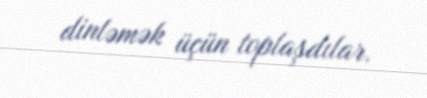
dinləmək üçün toplaşdılar.